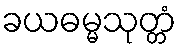
ခယဓမ္မသုတ္တံ